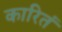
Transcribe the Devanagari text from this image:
कारितं